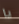
يا